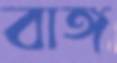
বাঙ্গ